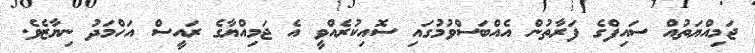
ޖަމިއްޔަތުއް ސައިފްގެ ފަރާތުން އެއްބަސްވުމުގައި ސޮއިކުރެއްވީ އެ ޖަމިއްޔާގެ ރައީސް އަހްމަދު ނިޔާޒެވެ.